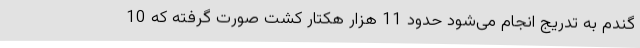
گندم به تدریج انجام می‌شود حدود 11 هزار هکتار کشت صورت گرفته که 10